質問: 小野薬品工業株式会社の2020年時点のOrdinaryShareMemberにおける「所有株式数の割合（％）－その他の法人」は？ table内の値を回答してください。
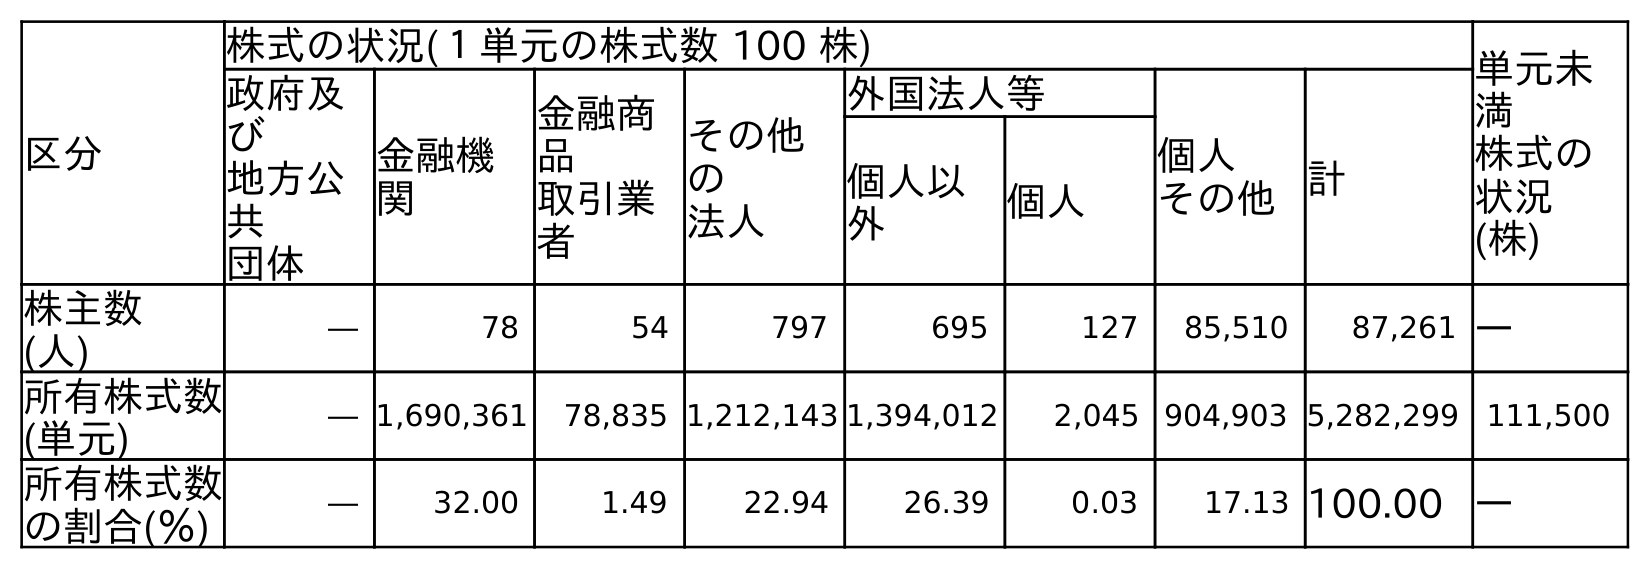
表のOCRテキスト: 区分 株式の状況(１単元の株式数 100 株) 単元未 満 株式の 状況 (株) 政府及 び 地方公 共 団体 金融機 関 金融商 品 取引業 者 その他 の 法人 外国法人等 個人 その他計 個人以 外 個人 株主数 (人) ― 78 54 797 695 127 85,510 87,261 ― 所有株式数 (単元) ― 1,690,361 78,835 1,212,143 1,394,012 2,045 904,903 5,282,299 111,500 所有株式数 の割合(％) ― 32.00 1.49 22.94 26.39 0.03 17.13 100.00 ―
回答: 22.94